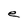
Character: e